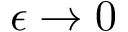
\epsilon \to 0